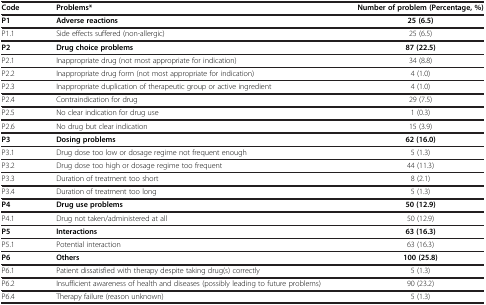
| Code | Problems* | Number of problem (Percentage, %) |
 | --- | --- | --- |
 | P1 | Adverse reactions | 25 (6.5) |
 | P1.1 | Side effects suffered (non-allergic) | 25 (6.5) |
 | P2 | Drug choice problems | 87 (22.5) |
 | P2.1 | Inappropriate drug (not most appropriate for indication) | 34 (8.8) |
 | P2.2 | Inappropriate drug form (not most appropriate for indication) | 4 (1.0) |
 | P2.3 | Inappropriate duplication of therapeutic group or active ingredient | 4 (1.0) |
 | P2.4 | Contraindication for drug | 29 (7.5) |
 | P2.5 | No clear indication for drug use | 1 (0.3) |
 | P2.6 | No drug but clear indication | 15 (3.9) |
 | P3 | Dosing problems | 62 (16.0) |
 | P3.1 | Drug dose too low or dosage regime not frequent enough | 5 (1.3) |
 | P3.2 | Drug dose too high or dosage regime too frequent | 44 (11.3) |
 | P3.3 | Duration of treatment too short | 8 (2.1) |
 | P3.4 | Duration of treatment too long | 5 (1.3) |
 | P4 | Drug use problems | 50 (12.9) |
 | P4.1 | Drug not taken/administered at all | 50 (12.9) |
 | P5 | Interactions | 63 (16.3) |
 | P5.1 | Potential interaction | 63 (16.3) |
 | P6 | Others | 100 (25.8) |
 | P6.1 | Patient dissatisfied with therapy despite taking drug(s) correctly | 5 (1.3) |
 | P6.2 | Insufficient awareness of health and diseases (possibly leading to future problems) | 90 (23.2) |
 | P6.4 | Therapy failure (reason unknown) | 5 (1.3) |